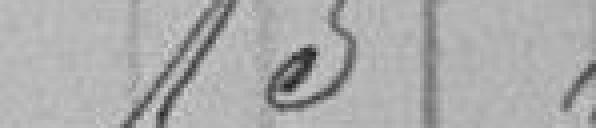
15,00